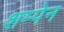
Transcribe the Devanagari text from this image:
शम्पेन